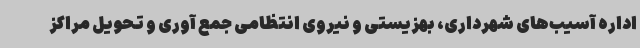
اداره آسیب‌های شهرداری، بهزیستی و نیروی انتظامی جمع آوری و تحویل مراکز